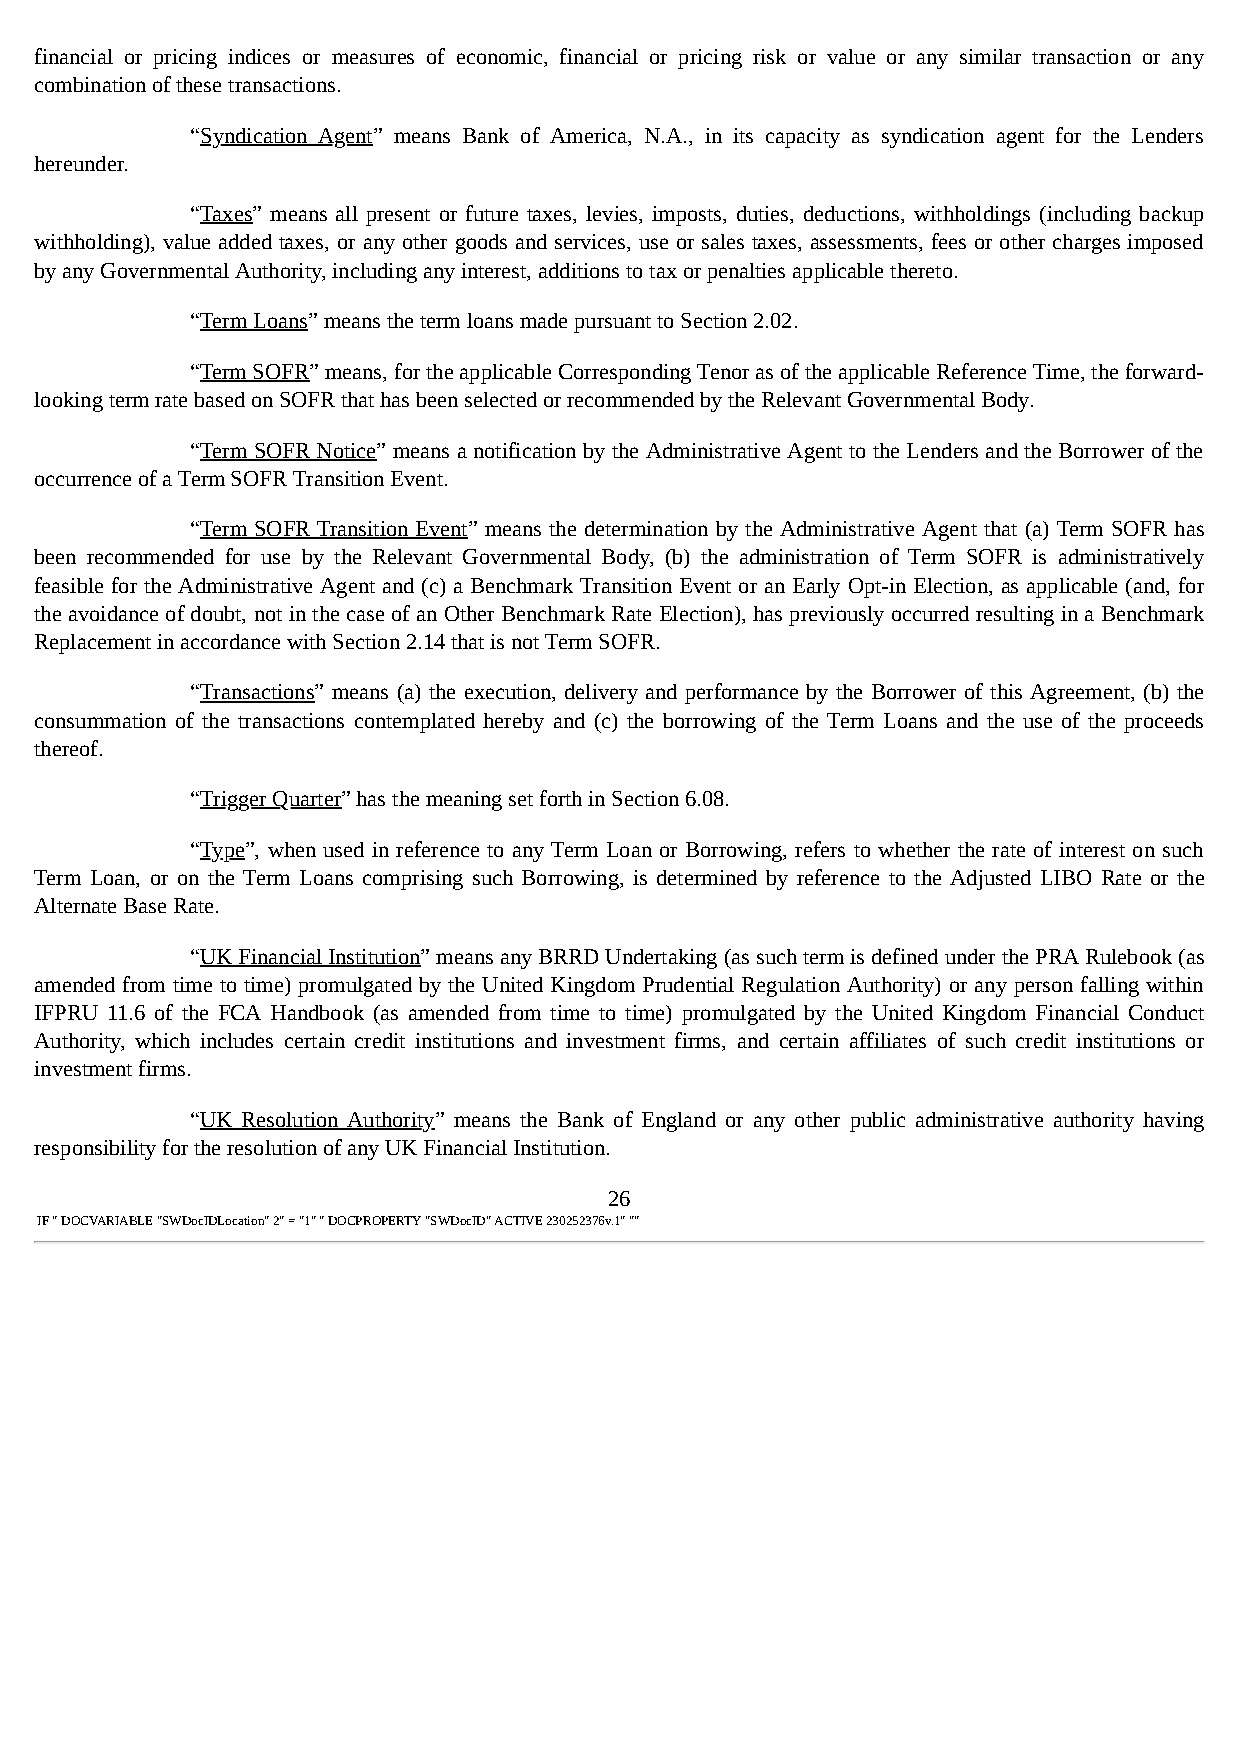
financial or pricing indices or measures of economic, financial or pricing risk or value or any similar transaction or any
 combination of these transactions.
 “Syndication Agent” means Bank of America, N.A., in its capacity as syndication agent for the Lenders
 hereunder.
 “Taxes” means all present or future taxes, levies, imposts, duties, deductions, withholdings (including backup
 withholding), value added taxes, or any other goods and services, use or sales taxes, assessments, fees or other charges imposed
 by any Governmental Authority, including any interest, additions to tax or penalties applicable thereto.
 “Term Loans” means the term loans made pursuant to Section 2.02.
 “Term SOFR” means, for the applicable Corresponding Tenor as of the applicable Reference Time, the forward-
 looking term rate based on SOFR that has been selected or recommended by the Relevant Governmental Body.
 “Term SOFR Notice” means a notification by the Administrative Agent to the Lenders and the Borrower of the
 occurrence of a Term SOFR Transition Event.
 “Term SOFR Transition Event” means the determination by the Administrative Agent that (a) Term SOFR has
 been recommended for use by the Relevant Governmental Body, (b) the administration of Term SOFR is administratively
 feasible for the Administrative Agent and (c) a Benchmark Transition Event or an Early Opt-in Election, as applicable (and, for
 the avoidance of doubt, not in the case of an Other Benchmark Rate Election), has previously occurred resulting in a Benchmark
 Replacement in accordance with Section 2.14 that is not Term SOFR.
 “Transactions” means (a) the execution, delivery and performance by the Borrower of this Agreement, (b) the
 consummation of the transactions contemplated hereby and (c) the borrowing of the Term Loans and the use of the proceeds
 thereof.
 “Trigger Quarter” has the meaning set forth in Section 6.08.
 “Type”, when used in reference to any Term Loan or Borrowing, refers to whether the rate of interest on such
 Term Loan, or on the Term Loans comprising such Borrowing, is determined by reference to the Adjusted LIBO Rate or the
 Alternate Base Rate.
 “UK Financial Institution” means any BRRD Undertaking (as such term is defined under the PRA Rulebook (as
 amended from time to time) promulgated by the United Kingdom Prudential Regulation Authority) or any person falling within
 IFPRU 11.6 of the FCA Handbook (as amended from time to time) promulgated by the United Kingdom Financial Conduct
 Authority, which includes certain credit institutions and investment firms, and certain affiliates of such credit institutions or
 investment firms.
 “UK Resolution Authority” means the Bank of England or any other public administrative authority having
 responsibility for the resolution of any UK Financial Institution.
 26
 IF " DOCVARIABLE "SWDocIDLocation" 2" = "1" " DOCPROPERTY "SWDocID" ACTIVE 230252376v.1" ""